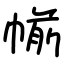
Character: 㡐